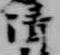
清